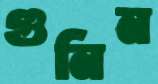
গুনিন